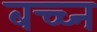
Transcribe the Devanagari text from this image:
बच्च्न